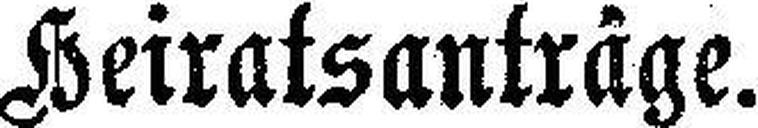
Leiratsanträge.